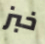
خبز